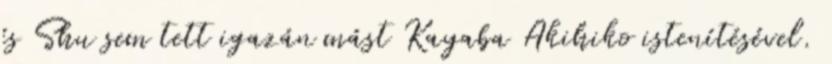
és Shu sem tett igazán mást Kayaba Akihiko istenítésével.